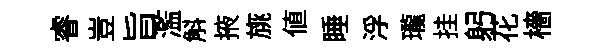
睿豈旨濫斛掖旐値睡浮瓏挂躬花檣